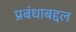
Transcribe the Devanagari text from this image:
प्रबंधाबद्दल